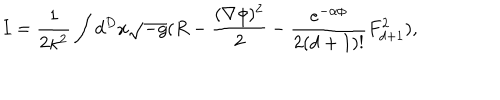
LaTeX: I = \frac { 1 } { 2 \kappa ^ { 2 } } \int d ^ { D } x \sqrt { - g } ( R - \frac { ( \nabla \phi ) ^ { 2 } } { 2 } - \frac { e ^ { - \alpha \phi } } { 2 ( d + 1 ) ! } F _ { d + 1 } ^ { 2 } ) ,